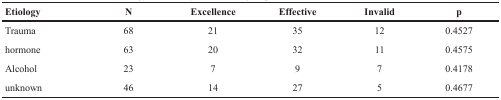
<table><thead><tr><td><b>Etiology</b></td><td><b>N</b></td><td><b>Excellence</b></td><td><b>Effective</b></td><td><b>Invalid</b></td><td><b>p</b></td></tr></thead><tbody><tr><td>Trauma</td><td>68</td><td>21</td><td>35</td><td>12</td><td>0.4527</td></tr><tr><td>hormone</td><td>63</td><td>20</td><td>32</td><td>11</td><td>0.4575</td></tr><tr><td>Alcohol</td><td>23</td><td>7</td><td>9</td><td>7</td><td>0.4178</td></tr><tr><td>unknown</td><td>46</td><td>14</td><td>27</td><td>5</td><td>0.4677</td></tr></tbody></table>